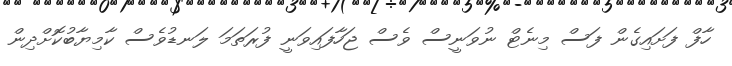
ހާފް ފަށައިގެން ފަސް މިނެޓް ނުވަނީސް ވެސް ޖަހާފައިވަނީ ފުރަތަމަ ލަނޑުވެސް ކާމިޔާބުކޮށްދިން